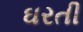
ઘરતી